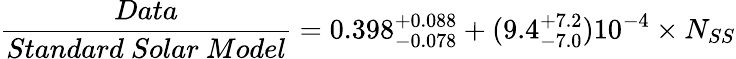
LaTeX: {\frac{Data}{Standard~Solar~Model}}=0.398_{-0.078}^{+0.088}+(9.4_{-7.0}^{+7.2})10^{-4}\times N_{SS}